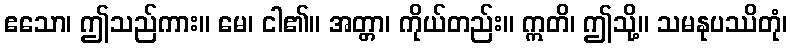
ဧသော၊ ဤသည်ကား။ မေ၊ ငါ၏။ အတ္တာ၊ ကိုယ်တည်း။ ဣတိ၊ ဤသို့။ သမနုပဿိတုံ၊